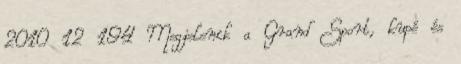
2010 12 194 Megjelenik a Grand Sport, kupé és